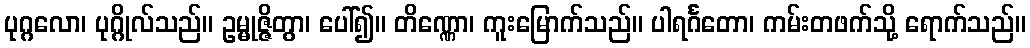
ပုဂ္ဂလော၊ ပုဂ္ဂိုလ်သည်။ ဥမ္မုဇ္ဇိတွာ၊ ပေါ်၍။ တိဏ္ဏော၊ ကူးမြောက်သည်။ ပါရင်္ဂတော၊ ကမ်းတဖက်သို့ ရောက်သည်။